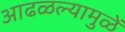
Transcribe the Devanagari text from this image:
आढळल्यामुळें